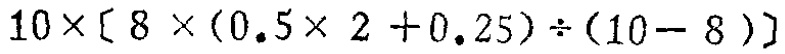
$10\times[8\times(0.5\times 2 + 0.25)\div(10 - 8)]$